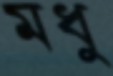
মধু